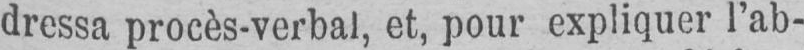
dressa procès-verbal, et, pour expliquer l’ab-